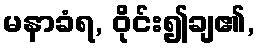
မနာခံရ, ဝိုင်း၍ချ၏,